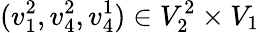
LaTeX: (v_{1}^{2},v_{4}^{2},v_{4}^{1})\in V_{2}^{2}\times V_{1}